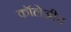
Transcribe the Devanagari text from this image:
कॉलेजीय